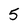
Character: 5